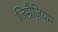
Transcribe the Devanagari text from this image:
जिम्नैज़ियम